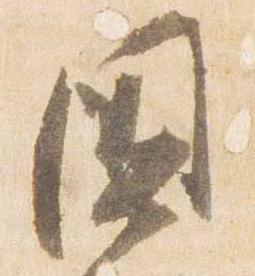
国